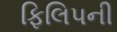
ફિલિપની